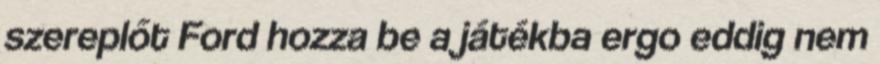
szereplőt Ford hozza be a játékba ergo eddig nem